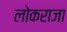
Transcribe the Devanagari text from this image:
लोकराजा